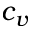
c _ { v }